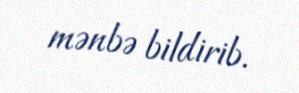
mənbə bildirib.